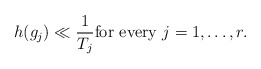
\begin{align*} h(g_j) \ll \frac{1}{T_j} \mbox{for every } j=1, \ldots, r. \end{align*}